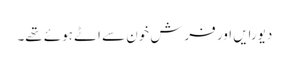
دیورایں اور فرش خون سے اٹے ہوئے تھے۔